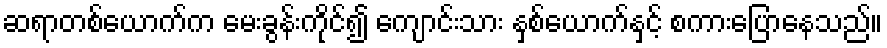
ဆရာတစ်ယောက်က မေးခွန်းကိုင်၍ ကျောင်းသား နှစ်ယောက်နှင့် စကားပြောနေသည်။